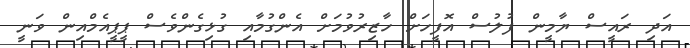
އަދި ރައީސް ޔާމީން ފުލުސް އޮފީހަށް ހާޒިރުވުމަށް އެންގުމާއި ގުޅިގެންވެސް ޕީޕީއެމްއިން ވަނީ